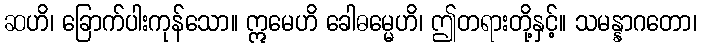
ဆဟိ၊ ခြောက်ပါးကုန်သော။ ဣမေဟိ ခေါဓမ္မေဟိ၊ ဤတရားတို့နှင့်။ သမန္နာဂတော၊